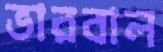
ভারবাল